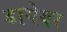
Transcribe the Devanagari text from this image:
डागेयर